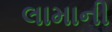
લામાની